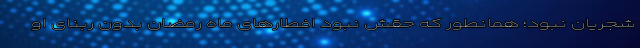
شجریان نبود؛ همانطور که حقش نبود افطارهای ماه رمضان بدون ربنای او